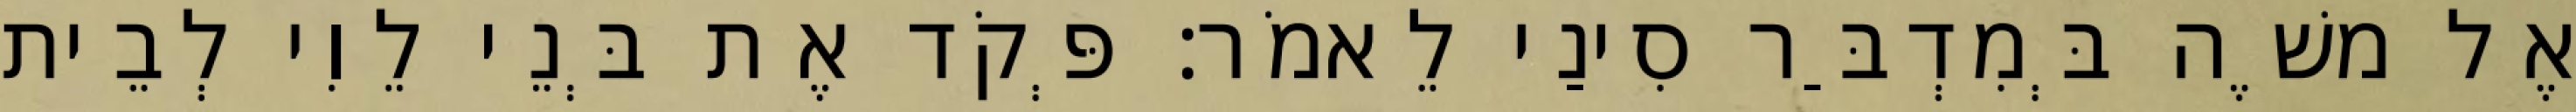
אֶל משֶׁה בְּמִדְבַּר סִינַי לֵאמֹר׃ פְּקֹד אֶת בְּנֵי לֵוִי לְבֵית